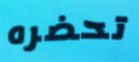
تحضره